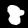
Digit: 8